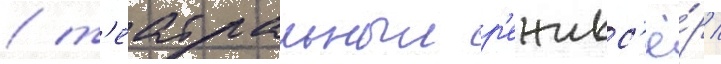
/ т'еатральныи р'ежисс'ё́р /